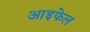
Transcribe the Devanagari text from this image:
आइफेल